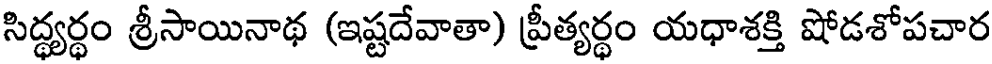
సిద్ధ్యర్థం శ్రీసాయినాథ (ఇష్టదేవాతా) ప్రీత్యర్థం యధాశక్తి షోడశోపచార